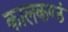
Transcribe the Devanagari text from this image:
कालकण्ठं